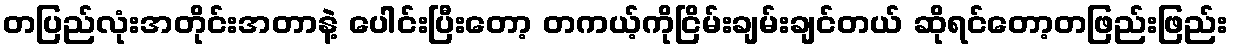
တပြည်လုံးအတိုင်းအတာနဲ့ ပေါင်းပြီးတော့ တကယ့်ကိုငြိမ်းချမ်းချင်တယ် ဆိုရင်တော့တဖြည်းဖြည်း